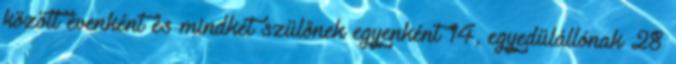
között évenként és mindkét szülőnek egyenként 14, egyedülállónak 28